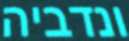
ונדביה